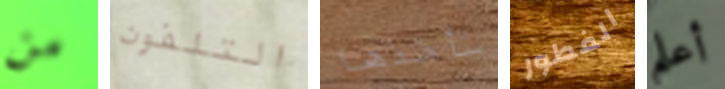
من التلفون سأخذها الفطور أعلم